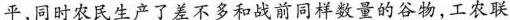
平，同时农民生产了差不多和战前同样数量的谷物，工农联